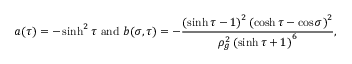
a ( \tau ) = - \sinh ^ { 2 } \tau \mathrm { ~ a n d ~ } b ( \sigma , \tau ) = - \frac { \left( \sinh \tau - 1 \right) ^ { 2 } \left( \cosh \tau - \cos \sigma \right) ^ { 2 } } { \rho _ { g } ^ { 2 } \left( \sinh \tau + 1 \right) ^ { 6 } } ,